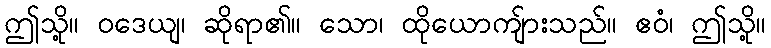
ဤသို့။ ဝဒေယျ၊ ဆိုရာ၏။ သော၊ ထိုယောကျ်ားသည်။ ဧဝံ၊ ဤသို့။